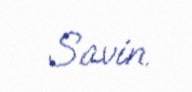
Savin.